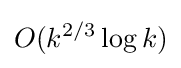
O(k^{2/3}\log k)